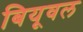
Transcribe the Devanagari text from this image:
बियूवल